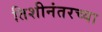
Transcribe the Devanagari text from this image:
तिशीनंतरच्या